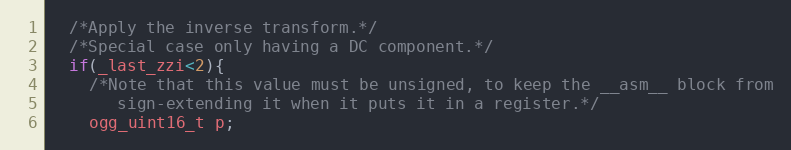
Language: C
  /*Apply the inverse transform.*/
  /*Special case only having a DC component.*/
  if(_last_zzi<2){
    /*Note that this value must be unsigned, to keep the __asm__ block from
       sign-extending it when it puts it in a register.*/
    ogg_uint16_t p;